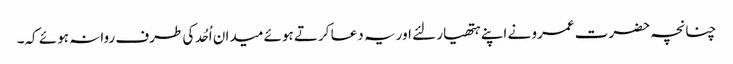
چنانچہ حضرت عمرو نے اپنے ہتھیار لئے اور یہ دعا کرتے ہوئے میدان اُحُد کی طرف روانہ ہوئے کہ۔